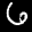
Label: 6